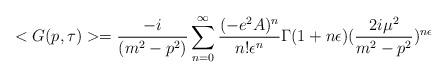
LaTeX: \begin{align*}<G(p,\tau)> = \frac{-i}{(m^2-p^2)} \sum_{n=0}^\infty \frac{(-e^2 A)^n}{n!\epsilon^n} \Gamma(1+n \epsilon) (\frac{2 i \mu^2}{m^2-p^2})^{n \epsilon}\end{align*}